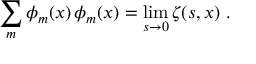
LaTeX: \sum _ { m } \phi _ { m } ( x ) \, \phi _ { m } ( x ) = \operatorname * { l i m } _ { s \rightarrow 0 } \zeta ( s , x ) \, \, .